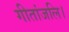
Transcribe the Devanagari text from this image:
गीतांजलि।